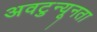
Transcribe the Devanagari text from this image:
अवटुन्यूनता